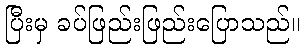
ပြီးမှ ခပ်ဖြည်းဖြည်းပြောသည်။